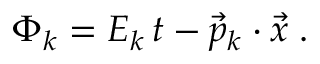
\Phi _ { k } = E _ { k } \, t - \vec { p } _ { k } \cdot \vec { x } \; .